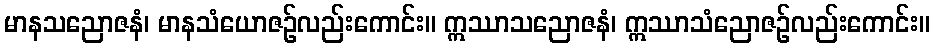
မာနသညောဇနံ၊ မာနသံယောဇဉ်လည်းကောင်း။ ဣဿာသညောဇနံ၊ ဣဿာသံညောဇဉ်လည်းကောင်း။